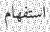
استفھام